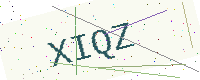
Text: XIQZ